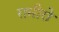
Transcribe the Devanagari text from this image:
रामीरो